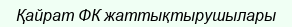
Қайрат ФК жаттықтырушылары